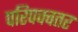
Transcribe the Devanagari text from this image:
परिपक्वतर